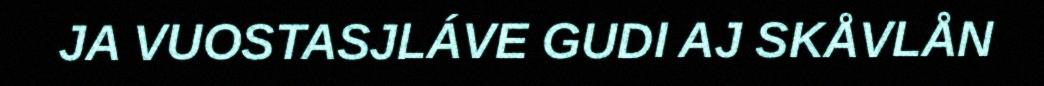
JA VUOSTASJLÁVE GUDI AJ SKÅVLÅN